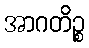
အာဂတိဉ္စ